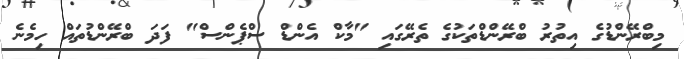
މިބްރޭންޑުގެ އިތުރު ބްރޭންޑްތަކުގެ ތެރޭގައި "މާކް އެންޑް ސްޕެންސް" ފަދަ ބްރޭންޑުތައް ހިމެނެ